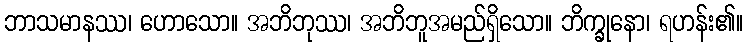
ဘာသမာနဿ၊ ဟောသော။ အဘိဘုဿ၊ အဘိဘူအမည်ရှိသော။ ဘိက္ခုနော၊ ရဟန်း၏။